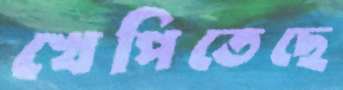
খেপিতেছে